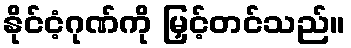
နိုင်ငံ့ဂုဏ်ကို မြှင့်တင်သည်။